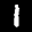
Label: 1